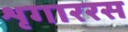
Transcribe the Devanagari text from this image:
शृगाररस